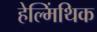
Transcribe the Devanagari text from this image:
हेल्मिंथिक